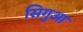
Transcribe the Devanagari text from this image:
सिगुआ